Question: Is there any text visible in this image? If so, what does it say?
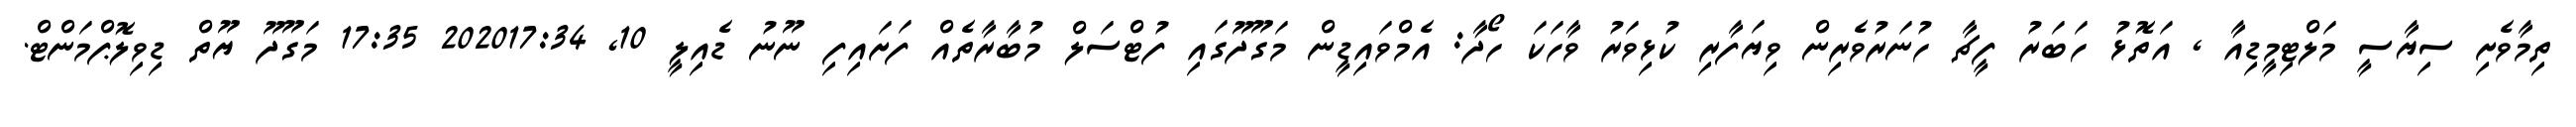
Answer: ތިމާވެށި ސިޔާސީ މަލްޓިމީޑިއާ , އަތޮޅު ހަބަރު ފީޗާ ހުނަރުވެރިން ވިޔަފާރި ކުޅިވަރު ވާހަކަ ހޯދާ: އެމްވައިޑީން މަގޫދޫގައި ފުޓްސަލް މުބާރާތެއް ފަށައިފި ނޫނު ޑެއިލީ 10, 202017:34 17:35 މަގޫދޫ ޔޫތް ޑިވިލޮޕްމަންޓް.